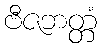
ဗီဇဘတ္တံ